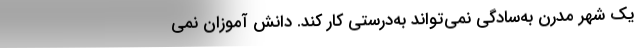
یک شهر مدرن به‌سادگی نمی‌تواند به‌درستی کار کند. دانش آموزان نمی‌